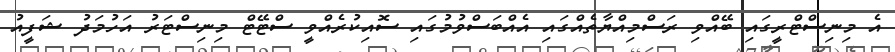
އެ މިނިސްޓްރީގައި ބޭއްވި ރަސްމިއްޔާތެއްގައި އެއްބަސްވުމުގައި ސޮއިކުރެއްވީ ސްޓޭޓް މިނިސްޓަރު އަހުމަދު ޝަފީއު